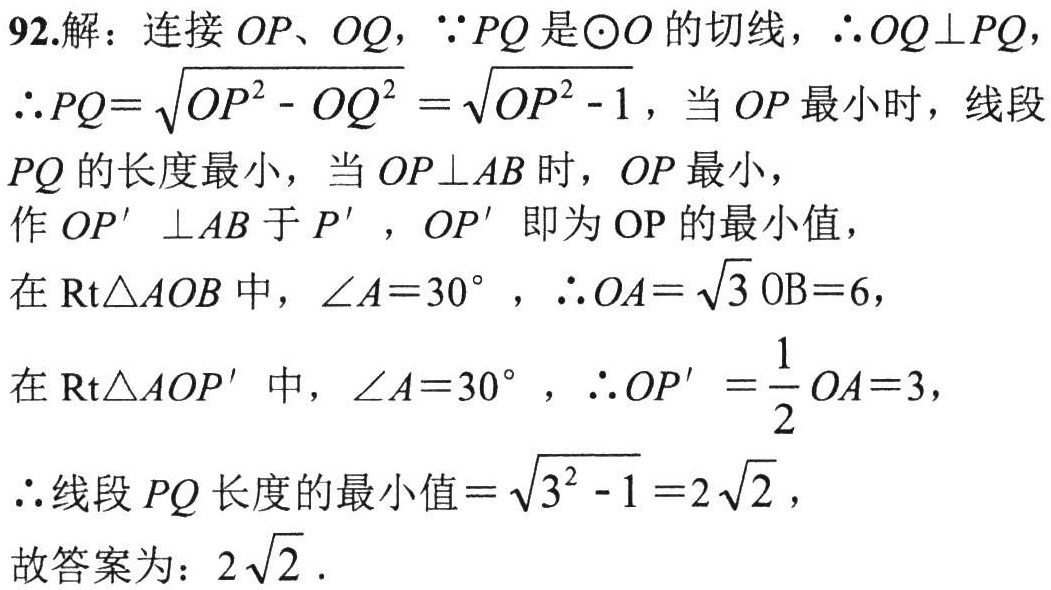
92.解：连接\(OP\)、\(OQ\)，\(\because PQ\)是\(\odot O\)的切线，\(\therefore OQ\perp PQ\)，
\(\therefore PQ = \sqrt{OP^{2}-OQ^{2}}=\sqrt{OP^{2}-1}\)，当\(OP\)最小时，线段
\(PQ\)的长度最小，当\(OP\perp AB\)时，\(OP\)最小，
作\(OP'\perp AB\)于\(P'\)，\(OP'\)即为\(OP\)的最小值，
在\(\mathrm{Rt}\triangle AOB\)中，\(\angle A = 30^{\circ}\)，\(\therefore OA=\sqrt{3}OB = 6\)，
在\(\mathrm{Rt}\triangle AOP'\)中，\(\angle A = 30^{\circ}\)，\(\therefore OP'=\frac{1}{2}OA = 3\)，
\(\therefore\)线段\(PQ\)长度的最小值\(=\sqrt{3^{2}-1}=2\sqrt{2}\)，
故答案为：\(2\sqrt{2}\).